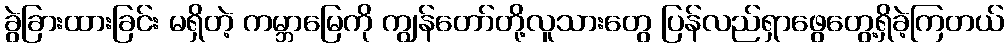
ခွဲခြားထားခြင်း မရှိတဲ့ ကမ္ဘာမြေကို ကျွန်တော်တို့လူသားတွေ ပြန်လည်ရှာဖွေတွေ့ရှိခဲ့ကြတယ်